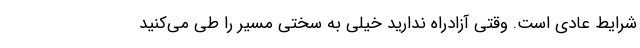
شرایط عادی است. وقتی آزادراه ندارید خیلی به سختی مسیر را طی می‌کنید